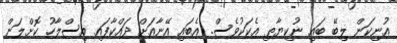
އުނިކަން ލިބޭ ބައި ނުކިޔާތި އެކަކުވެސް. އެބައި އޭނާއަށް ދައްކާފައި އިސްލާހު ކޮށްލަން